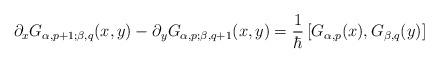
LaTeX: \begin{align*}\partial_x G_{\alpha,p+1;\beta,q}(x,y) - \partial_y G_{\alpha,p;\beta,q+1}(x,y) =\frac{1}{\hbar} \left[ G_{\alpha,p}(x) , G_{\beta,q}(y)\right]\end{align*}